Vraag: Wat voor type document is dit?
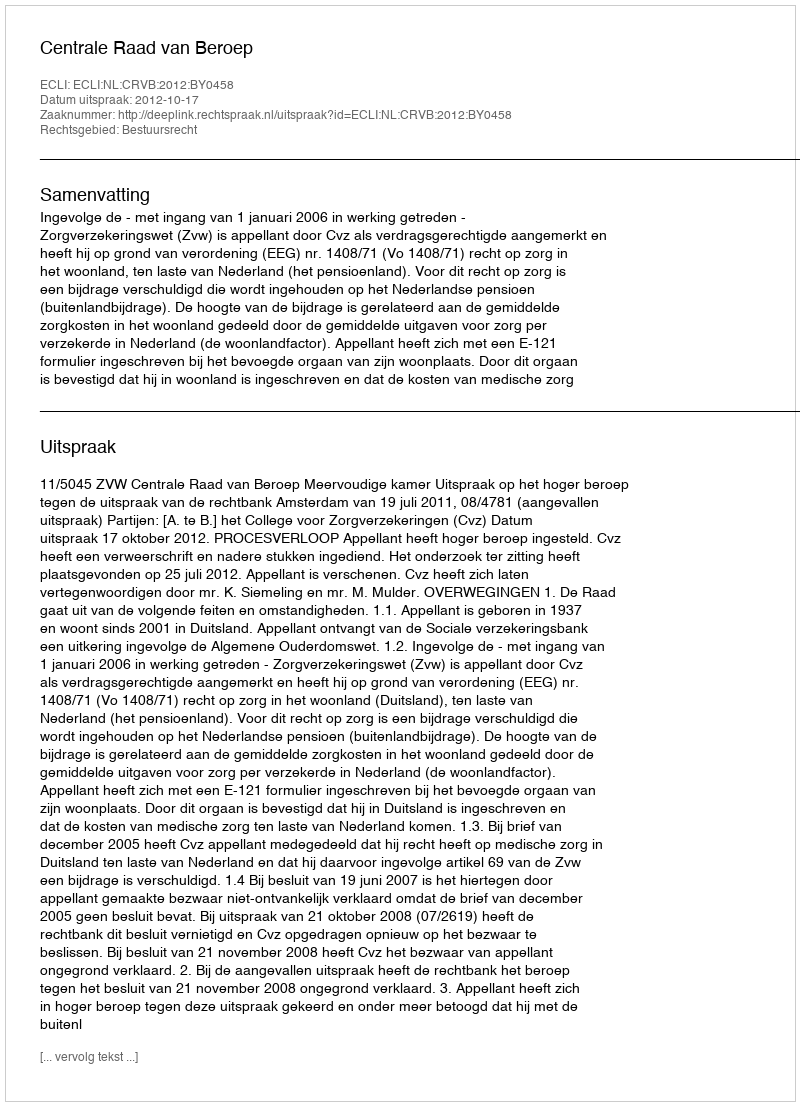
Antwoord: Uitspraak